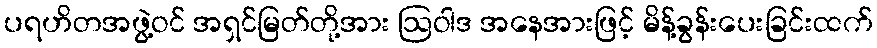
ပရဟိတအဖွဲ့ဝင် အရှင်မြတ်တို့အား ဩဝါဒ အနေအားဖြင့် မိန့်ခွန်းပေးခြင်းထက်